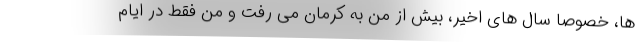
ها، خصوصا سال های اخیر، بیش از من به کرمان می رفت و من فقط در ایام